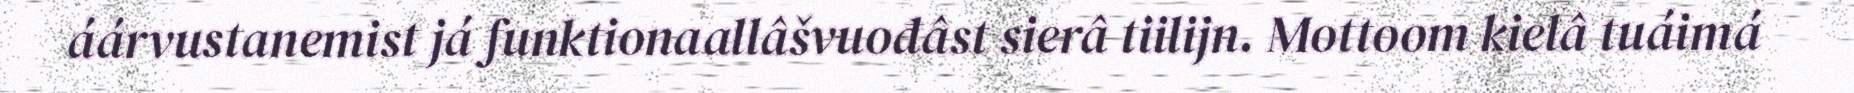
áárvustanemist já funktionaallâšvuođâst sierâ tiilijn. Mottoom kielâ tuáimá